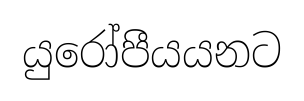
යුරෝපීයයනට